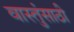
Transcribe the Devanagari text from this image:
वास्तुंसाठी